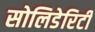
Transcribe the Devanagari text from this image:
सोलिडेरिटी